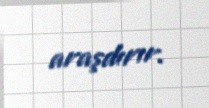
araşdırır.